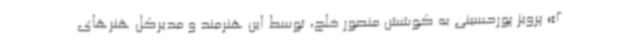
2»؛ پرویز پورحسینی به کوشش منصور خلج، توسط این هنرمند و مدیرکل هنرهای